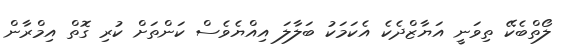
ލޯތްބެކޭ ތިވަނީ އަޔާޒްދެކެ އެކަމަކު ބަލާލަ އިއްޔެވެސް ކަންތަށް ކުރި ގޮތް އިމްރާން